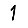
Digit: 1